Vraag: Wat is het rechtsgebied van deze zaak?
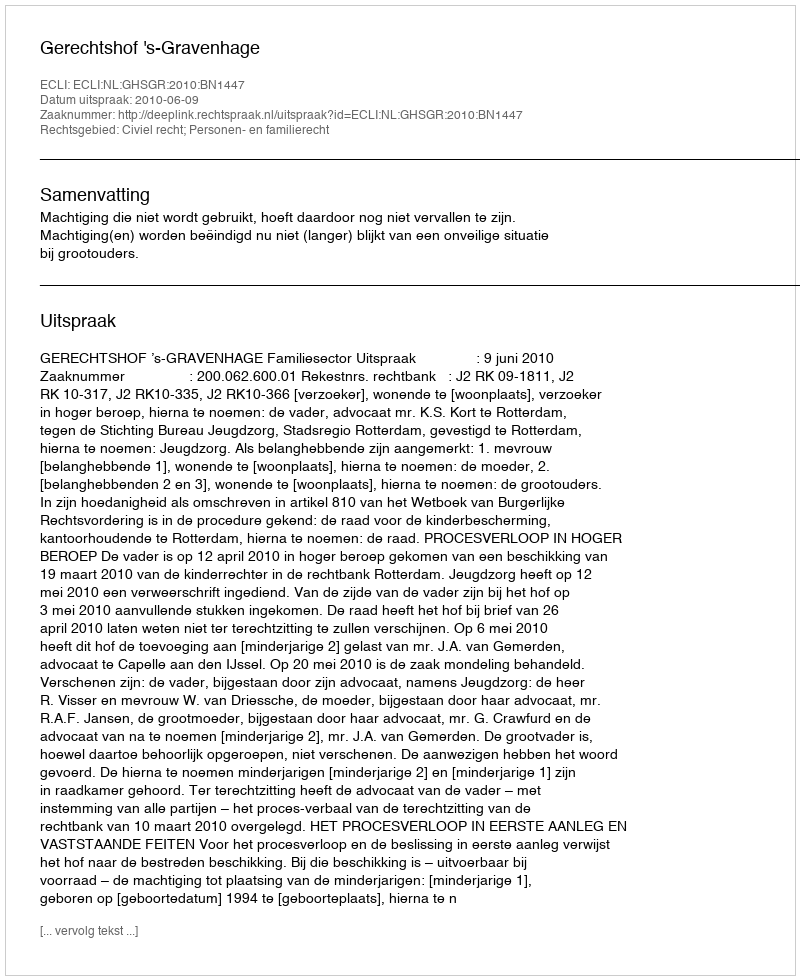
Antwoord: Civiel recht; Personen- en familierecht